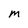
Character: M